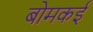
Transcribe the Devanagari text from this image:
बोमकई